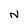
Character: N